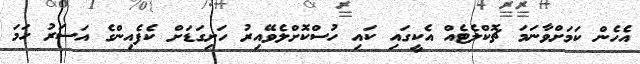
އެހެން ކަމަށްވާނަމަ ޗޮކްލެޓެއް އެކީގައި ކައި ހުސްކޮށްލެވޭއިރު ހަށިގަޑަށް ކެފެއިންގެ އަސަރު ހަމަ